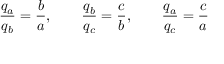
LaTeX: { \frac { q _ { a } } { q _ { b } } } = { \frac { b } { a } } , \quad \quad { \frac { q _ { b } } { q _ { c } } } = { \frac { c } { b } } , \quad \quad { \frac { q _ { a } } { q _ { c } } } = { \frac { c } { a } }